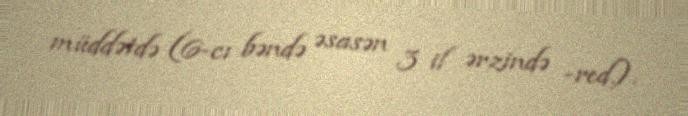
müddətdə (6-cı bəndə əsasən 3 il ərzində -red.).